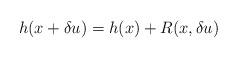
LaTeX: \begin{align*}h(x+\delta u) = h(x) + R(x, \delta u)\end{align*}